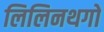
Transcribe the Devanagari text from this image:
लिलिनथगो